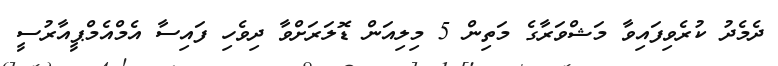
ދެމެދު ކުރެވިފައިވާ މަޝްވަރާގެ މަތިން 5 މިލިއަން ޑޮލަރަށްވާ ދިވެހި ފައިސާ އެމްއެމްޕީއާރުސީ